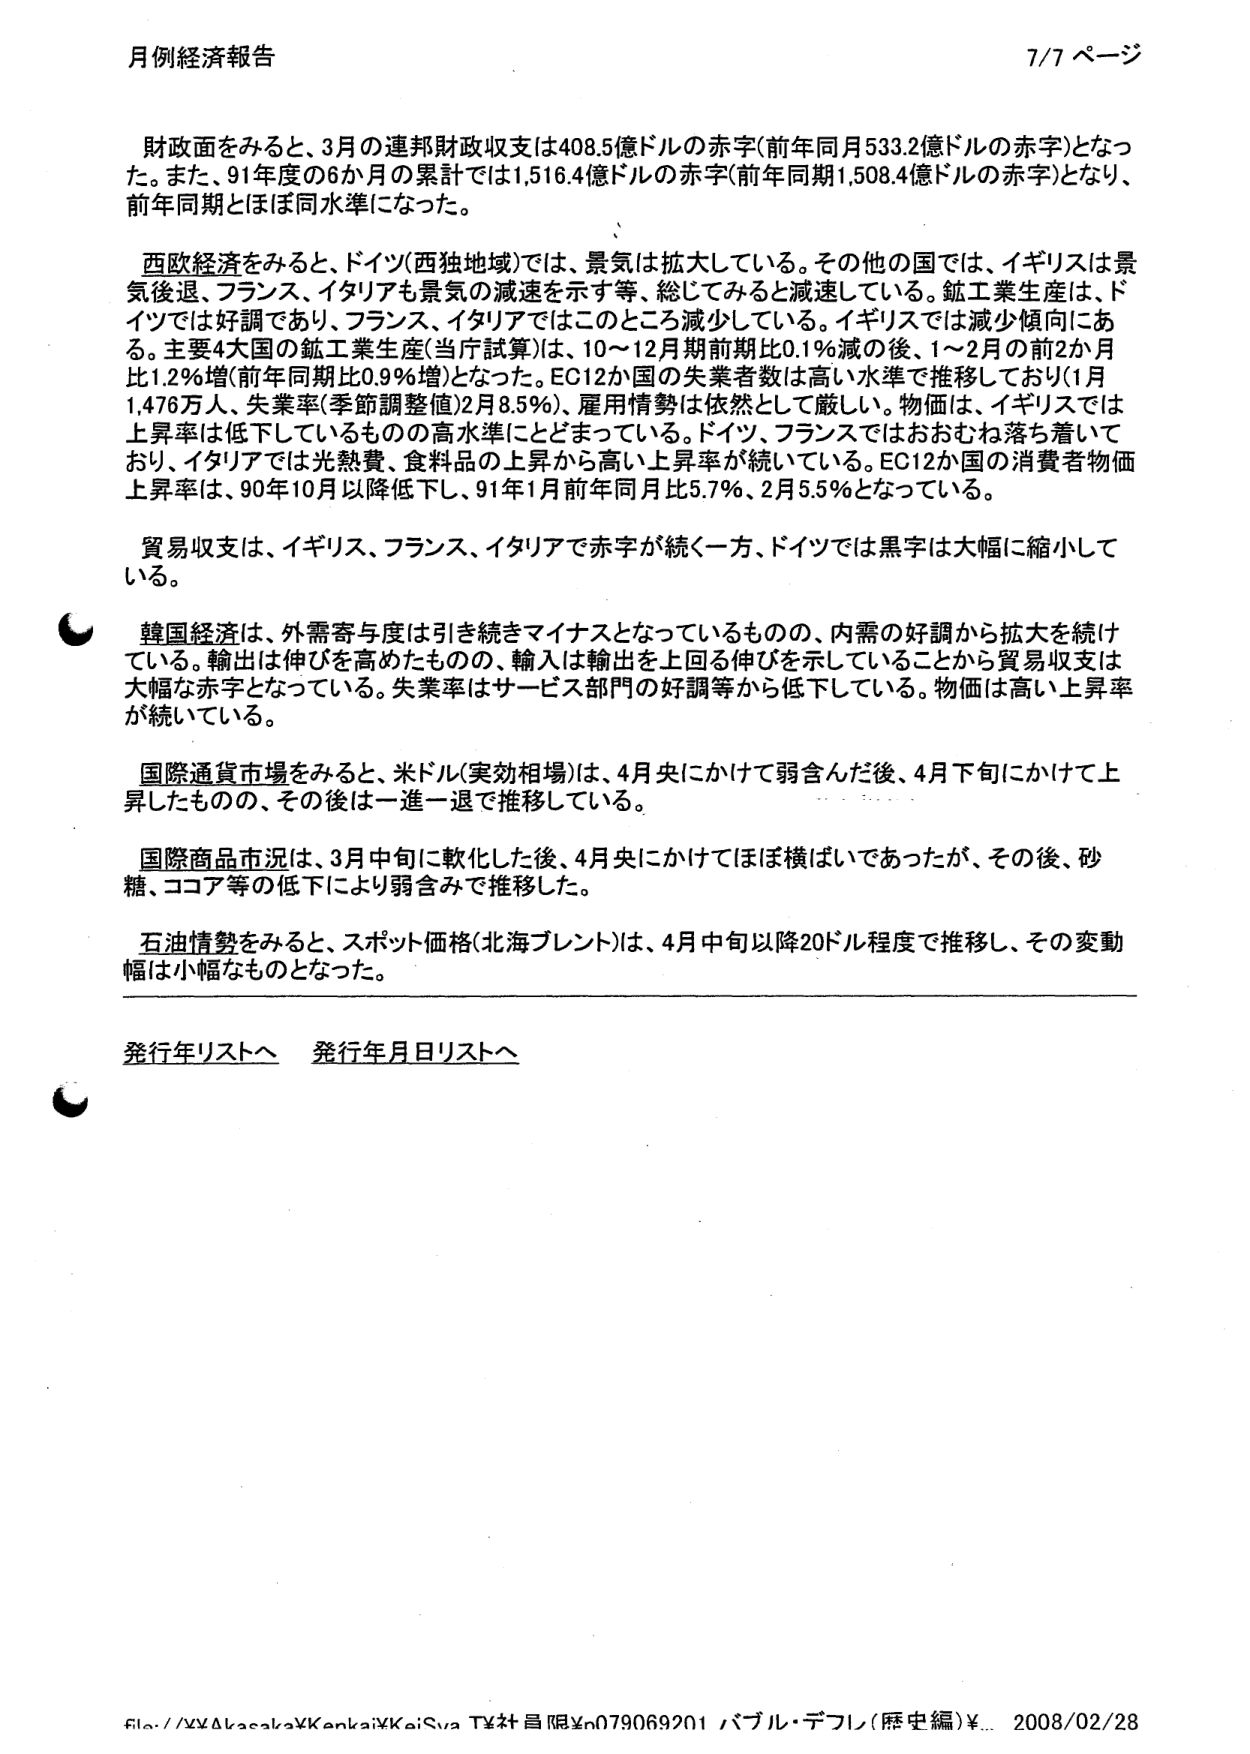
月例経済報告 7/7 ページ

財政面をみると、3月の連邦財政収支は408.5億ドルの赤字（前年同月533.2億ドルの赤字）となった。また、91年度の6か月の累計では1,516.4億ドルの赤字（前年同期1,508.4億ドルの赤字）となり、前年同期とほぼ同水準になった。

西欧経済をみると、ドイツ（西独地域）では、景気は拡大している。その他の国では、イギリスは景気後退、フランス、イタリアも景気の減速を示す等、総じてみると減速している。鉱工業生産は、ドイツでは好調であり、フランス、イタリアではこのところ減少している。イギリスでは減少傾向にある。主要4大国の鉱工業生産（当月試算）は、10～12月期前期比0.1％減の後、1～2月の前2か月比1.2％増（前年同月比0.9％増）となった。EC12か国の失業者数は高い水準で推移しており（1月1,476万人、失業率（季節調整値）2月8.5％）、雇用情勢は依然として厳しい。物価は、イギリスでは上昇率は低下しているものの高水準にとどまっている。ドイツ、フランスではおおむね落ち着いており、イタリアでは光熱費、食料品の上昇から高い上昇率が続いている。EC12か国の消費者物価上昇率は、90年10月以降低下し、91年1月前年同月比5.7％、2月5.5％となっている。

貿易収支は、イギリス、フランス、イタリアで赤字が続く一方、ドイツでは黒字は大幅に縮小している。

韓国経済は、外需寄与度は引き続きマイナスとなっているものの、内需の好調から拡大を続けている。輸出は伸びを高めたものの、輸入は輸出を上回る伸びを示していることから貿易収支は大幅な赤字となっている。失業率はサービス部門の好調等から低下している。物価は高い上昇率が続いている。

国際通貨市場をみると、米ドル（実効相場）は、4月央にかけて弱含んだ後、4月下旬にかけて上昇したものの、その後は一進一退で推移している。

国際商品市況は、3月中旬に軟化した後、4月央にかけてほぼ横ばいであったが、その後、砂糖、ココア等の低下により弱含みで推移した。

石油情勢をみると、スポット価格（北海ブレント）は、4月中旬以降20ドル程度で推移し、その変動幅は小幅なものとなった。

発行年リストへ 発行年月日リストへ

file://¥¥Akasaka¥Kenkai¥KeiSya TV社員用¥n079069201 パブル・デフレ（歴史編）¥... 2008/02/28